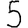
Digit: 5